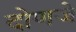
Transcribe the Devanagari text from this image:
दोणजे